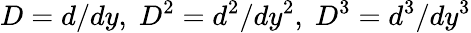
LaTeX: D=d/dy,\; D^{2}=d^{2}/dy^{2},\; D^{3}=d^{3}/dy^{3}